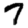
Digit: 7